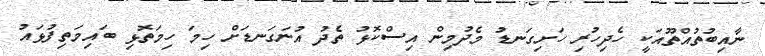
ނާއިބުތުއްތޫއަކީ ހެދިހުރި ހަށިގަނޑު މެދުމިން އިސްކޮޅު ތެދު އުނަގަނޑަށް ހިމަ ހިމަތޮޅި ބައިމަތިފުޅައު